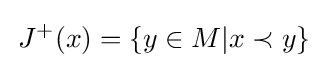
\,J^{+}(x)=\{y\in M|x\prec y\}